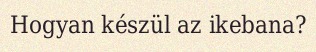
Hogyan készül az ikebana?